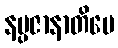
နပ္ပဇာနာတိပေ